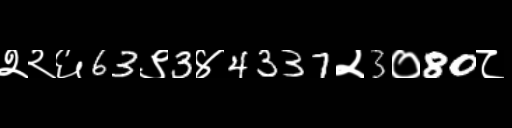
Text: २२६63९3४4337२3०80८